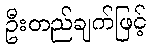
ဦးတည်ချက်ဖြင့်